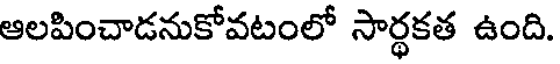
ఆలపించాడనుకోవటంలో సార్థకత ఉంది.